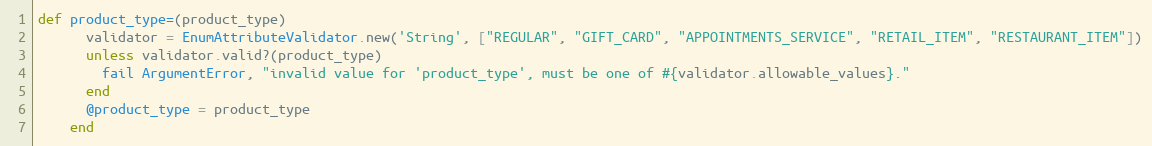
Language: Ruby
def product_type=(product_type)
      validator = EnumAttributeValidator.new('String', ["REGULAR", "GIFT_CARD", "APPOINTMENTS_SERVICE", "RETAIL_ITEM", "RESTAURANT_ITEM"])
      unless validator.valid?(product_type)
        fail ArgumentError, "invalid value for 'product_type', must be one of #{validator.allowable_values}."
      end
      @product_type = product_type
    end